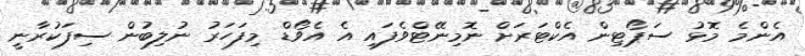
އެންމެ މޮޅު ސަޕޯޓިން އެކްޓަރަށް ނޮމިނޭޓްވެފައި އެ އެވޯޑް މިފަހަރު ނުލިބުން ސިފަކުރާނީ